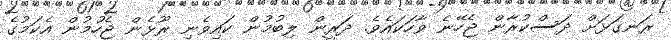
ރަނގަޅަށް ދަސްކުރާން ޖެހޭނެ ވާހަކައެވެ. ދަރީން ލިބުމުން ކައިވެނި ރޫޅެން ޖެހުމުން އެކަމުގެ